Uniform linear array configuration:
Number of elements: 16
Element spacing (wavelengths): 0.25
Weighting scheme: uniform
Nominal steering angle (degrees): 30
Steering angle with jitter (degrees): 28.543
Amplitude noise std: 0.05
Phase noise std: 0.05

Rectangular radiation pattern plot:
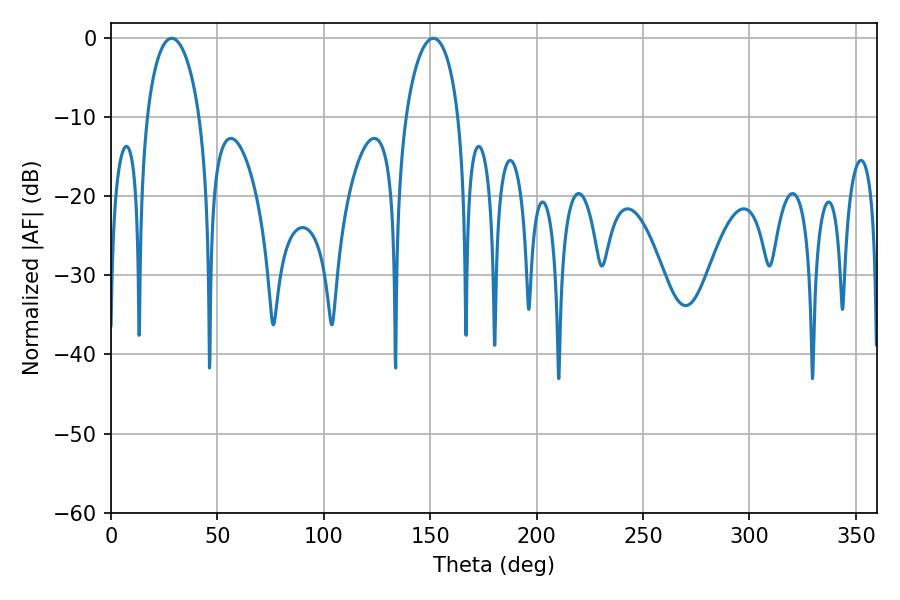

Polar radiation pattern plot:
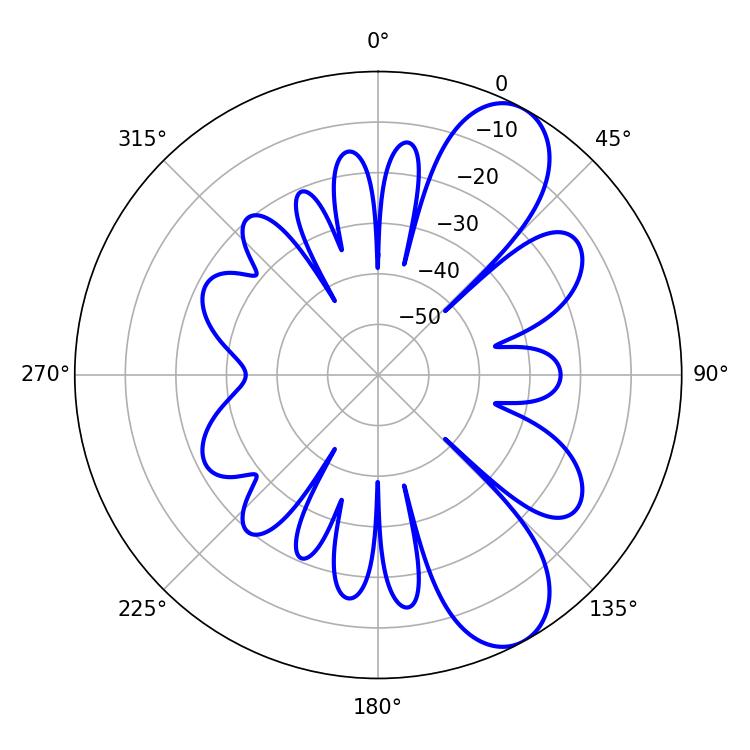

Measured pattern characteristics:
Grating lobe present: FALSE
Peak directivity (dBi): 8.811
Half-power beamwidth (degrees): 14.22
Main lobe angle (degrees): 28.62